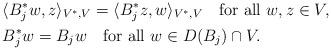
LaTeX: \begin{align*} &\langle B^{*}_{j}w, z \rangle_{V^{*}, V} = \langle B^{*}_{j}z, w \rangle_{V^{*}, V} \quad\mbox{for all}\ w, z \in V, \\ &B^{*}_{j}w = B_{j}w \quad\mbox{for all}\ w \in D(B_{j}) \cap V. \end{align*}